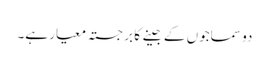
دو سماجوں کے جینے کا برجستہ معیار ہے۔